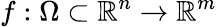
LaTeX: f:\Omega\subset\mathbb{R}^{n}\rightarrow\mathbb{R}^{m}